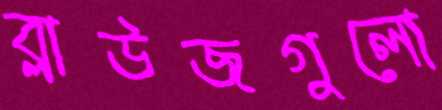
ব্লাউজগুলো